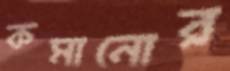
কমানোর